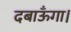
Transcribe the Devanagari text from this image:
दबाऊँगा।